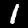
Label: 1